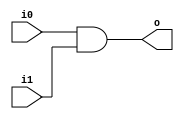
module and2 (input wire i0, i1, output wire o);
  assign o = i0 & i1;
endmodule

module mux2 (input wire i0, i1, j, output wire o);
  assign o = (j==0)?i0:i1;
endmodule

module invert (input wire i, output wire o);
   assign o = !i;
endmodule
module df (input wire clk, in, output wire out);
  reg df_out;
  always@(posedge clk) df_out <= in;
  assign out = df_out;
endmodule

module dfr (input wire clk, reset, in, output wire out);
  wire reset_, df_in;
  invert invert_0 (reset, reset_);
  and2 and2_0 (in, reset_, df_in);
  df df_0 (clk, df_in, out);
endmodule

module dfrl (input wire clk, reset, load, in, output wire out);
  wire _in;
  mux2 mux2_0(out, in, load, _in);
  dfr dfr_1(clk, reset, _in, out);
endmodule

module pipo(input wire clk,load,reset,input wire [3:0]in,output wire [3:0]out);
	dfrl d1(clk,reset,load,in[0],out[0]);
	dfrl d2(clk,reset,load,in[1],out[1]);
	dfrl d3(clk,reset,load,in[2],out[2]);
	dfrl d4(clk,reset,load,in[3],out[3]);
endmodule